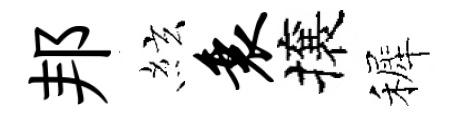
邦絃衰攘裤